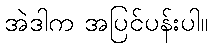
အဲဒါက အပြင်ပန်းပါ။